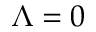
\Lambda = 0